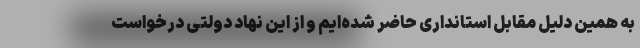
به همین دلیل مقابل استانداری حاضر شده‌ایم و از این نهاد دولتی درخواست